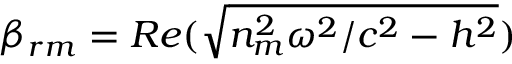
\beta _ { r m } = R e ( \sqrt { n _ { m } ^ { 2 } \omega ^ { 2 } / c ^ { 2 } - h ^ { 2 } } )